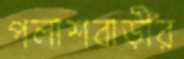
পলাশবাড়ীর